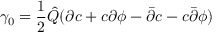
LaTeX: \gamma _ { 0 } = \frac { 1 } { 2 } { \hat { Q } } ( \partial c + c \partial \phi - { \bar { \partial } } c - c { \bar { \partial } } \phi )